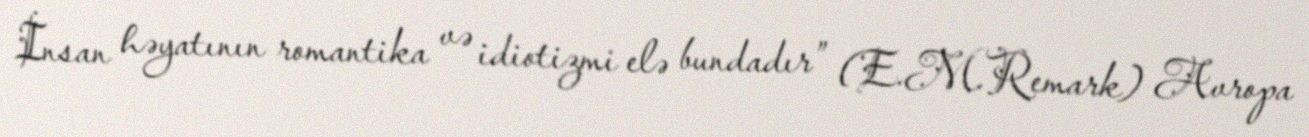
İnsan həyatının romantika və idiotizmi elə bundadır” (E.M.Remark) Avropa